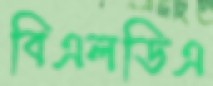
বিএলডিএ